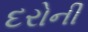
દરોની